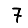
Digit: 7